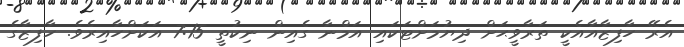
އެރޭ ހާފިޒާއާއެކީ ތަރާވީޙަށް ދިޔުމަށްޓަކައި އަމްނާ ގެއިން ނިކުތީ 7:15 އަކަށްހާއިރެވެ. ހާފިޒާގެ